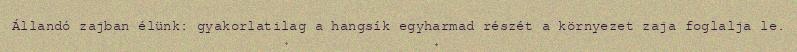
Állandó zajban élünk: gyakorlatilag a hangsík egyharmad részét a környezet zaja foglalja le.